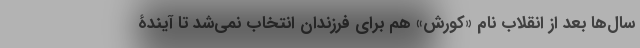
سال‌ها بعد از انقلاب نام «کورش» هم برای فرزندان انتخاب نمی‌شد تا آیندۀ